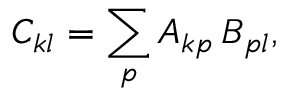
C _ { k l } = \sum _ { p } A _ { k p } \, B _ { p l } ,